Papers set at the Examination for Leaving Certificates, 1891
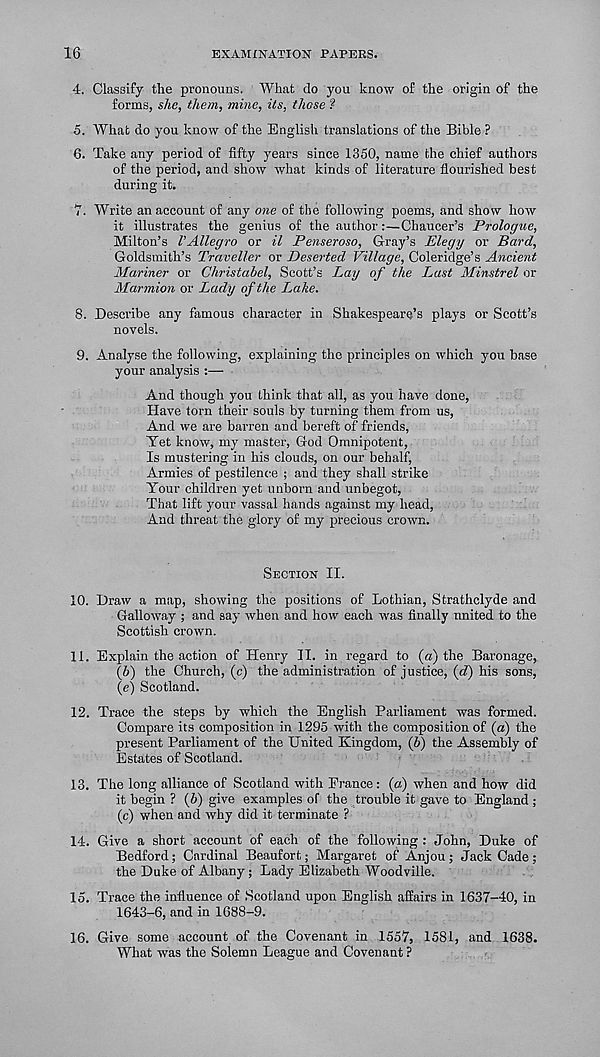
16
EXAMINATION PAPERS.
4. Classify the pronouns. What do you know of the origin of the
forms, she, them, mine, its, those ?
5. What do you know of the English translations of the Bible ?
6. Take any period of fifty years since 1350, name the chief authors
of the period, and show what kinds of literature flourished best
during it.
7. Write an account of any one of the following poems, and show how
it illustrates the genius of the author:—Chaucer’s Prologue,
Milton’s VAllegro or il Penseroso, Gray’s Elegy or Bard,
Goldsmith’s Traveller or Deserted Village, Coleridge’s Ancient
Mariner or Christabel, Scott’s Lay of the Last Minstrel or
Marmion or Lady of the Lake.
8. Describe any famous character in Shakespeare’s plays or Scott’s
novels.
9. Analyse the following, explaining the principles on which you base
your analysis :—
And though you think that all, as you have done,
Have torn their souls by turning them from us,
And we are barren and bereft of friends,
Yet know, my master, God Omnipotent,
Is mustering in his clouds, on our behalf,
Armies of pestilence ; and they shall strike
Your children yet unborn and unbegot,
That lift your vassal hands against my head,
And threat the glory of my precious crown.
SECTION II.
10. Draw a map, showing the positions of Lothian, Strathclyde and
Galloway ; and say when and how each was finally united to the
Scottish crown.
11. Explain the action of Henry II. in regard to (a) the Baronage,
(6) the Church, (c) the administration of justice, id') his sons,
(e) Scotland.
12. Trace the steps by which the English Parliament was formed.
Compare its composition in 1295 with the composition of (a) the
present Parliament of the United Kingdom, (6) the Assembly of
Estates of Scotland.
13. The long alliance of Scotland with Prance: (a) when and how did
it begin ? (6) give examples of the trouble it gave to England;
(c) when and why did it terminate ?
14. Give a short account of each of the following : John, Duke of
Bedford; Cardinal Beaufort; Margaret of Anjou; Jack Cade;
the Duke of Albany ; Lady Elizabeth Woodville.
15. Trace the influence of Scotland upon English affairs in 1637-40, in
1643-6, and in 1688-9.
16. Give some account of the Covenant in 1557, 1581, and 1638.
What was the Solemn League and Covenant ?